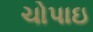
ચોપાઇ